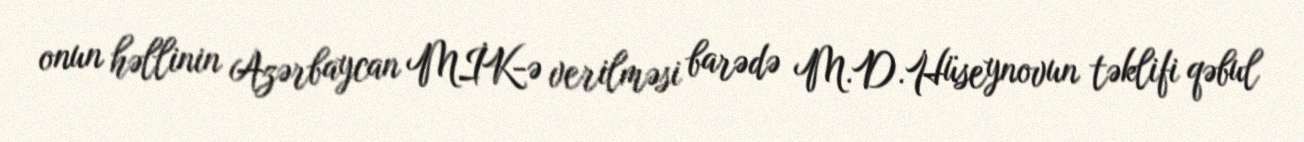
onun həllinin Azərbaycan MİK-ə verilməsi barədə M.D.Hüseynovun təklifi qəbul